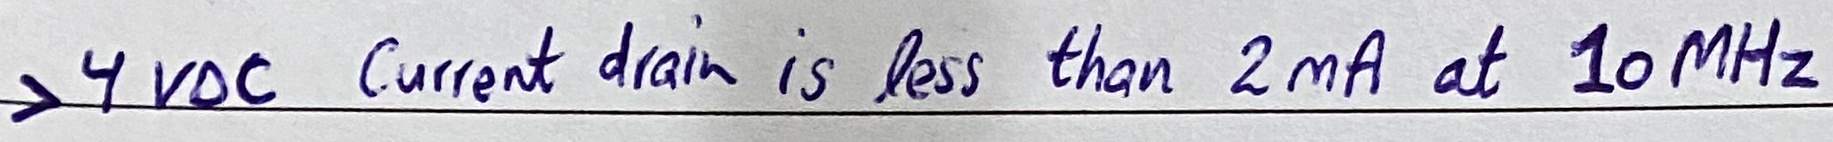
Text: >4VDC Current drain is less than 2mA at 10MHz